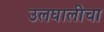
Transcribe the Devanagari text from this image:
उलघालीचा